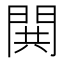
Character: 閧